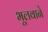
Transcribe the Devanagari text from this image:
भूलवाने